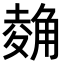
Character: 𧤂